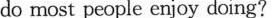
do most people enjoy doing?